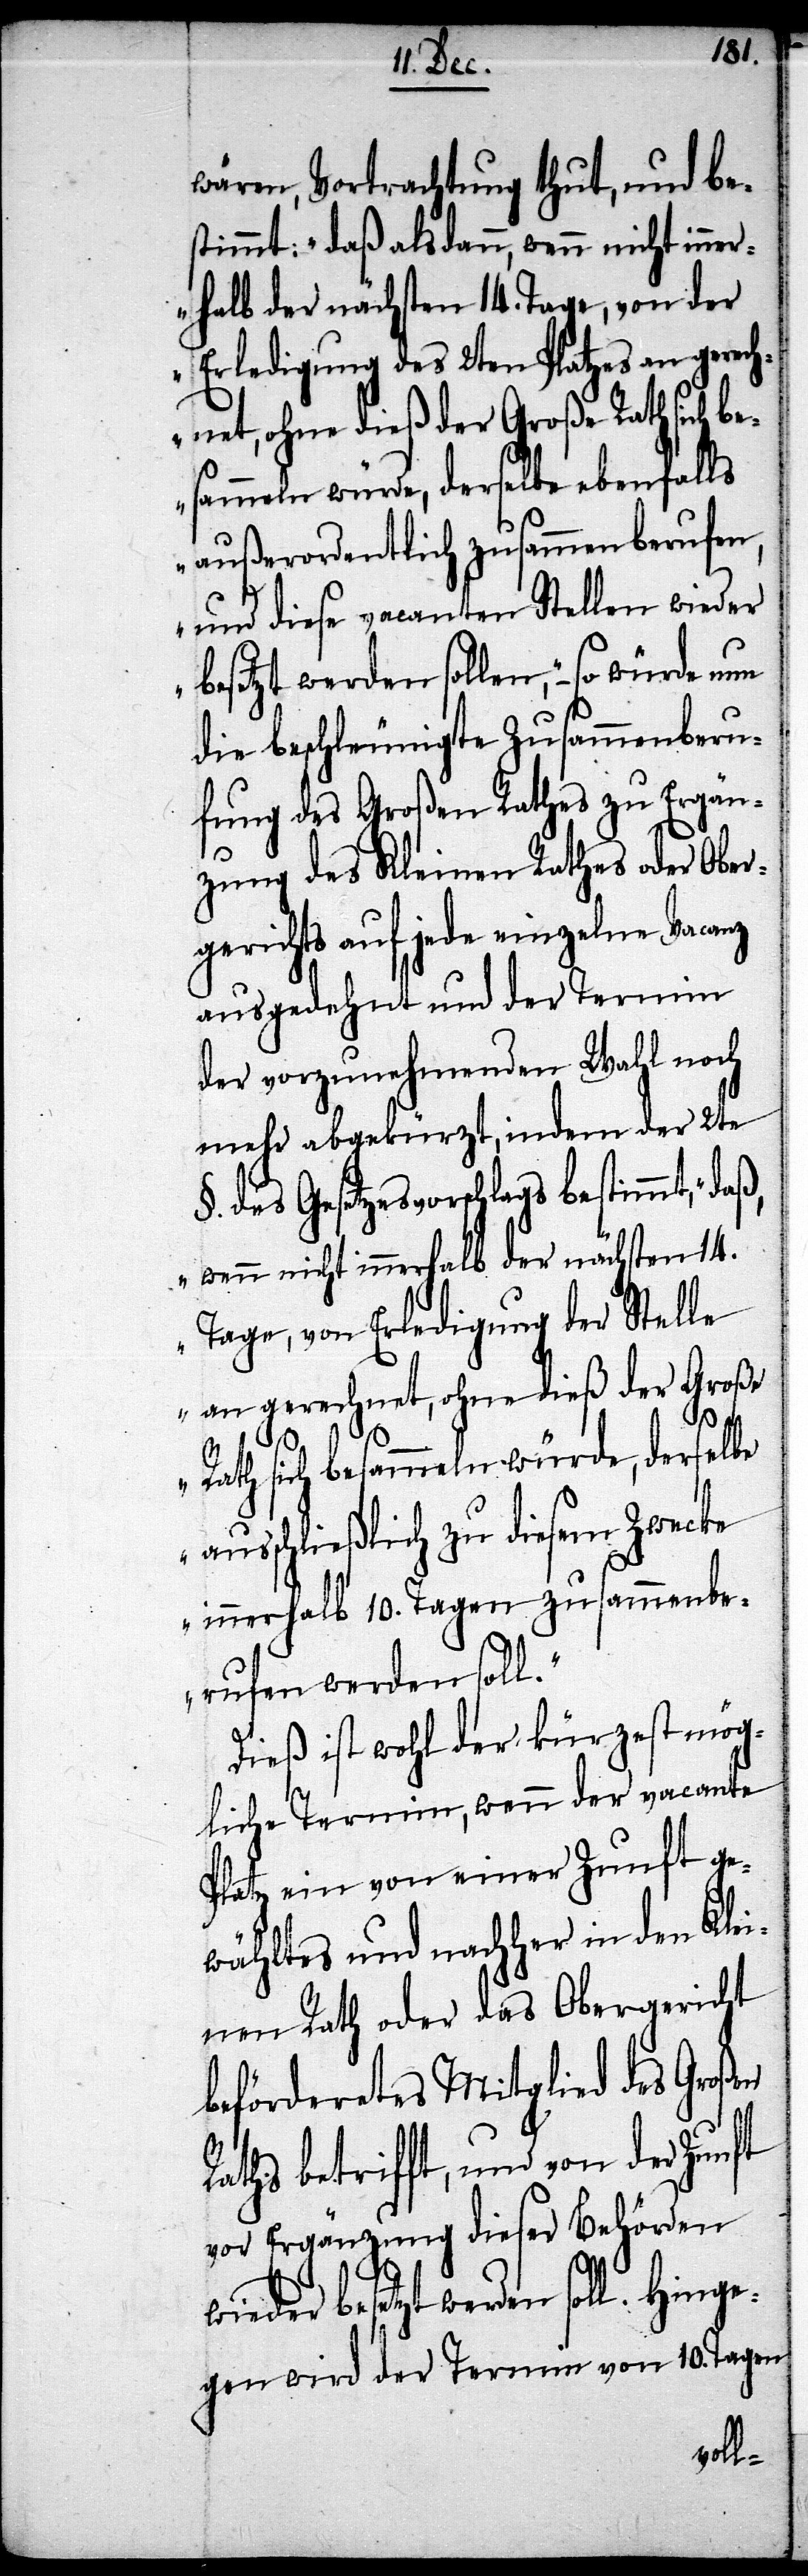
wären, Vortrachtung thut, und be¬
stimmt: „daß alsdann, wenn nicht inn¬
erhalb der nächsten 14. Tage, von der
Erledigung des 2ten Platzes an gerech¬
net, ohne dieß der Große Rath sich b¬
esammeln würde, derselbe ebenfalls
außerordentlich zusammen berufen,
und diese vacanten Stellen wieder
besetzt werden sollten,“ – so
die beschleunigte Zusammenberu¬
fung des Großen Rathes zu Ergän¬
zung des Kleinen Rathes oder Ober¬
gerichts auf jede einzelne Vacanz
ausgedehnt und der Termin
der vorzunehmenden Wahl noch
mehr abgekürzt, indem der 2te
§. des Gesetzesvorschlags bestimmt, „da¬
ß, wenn nicht innerhalb der nächsten 14.
Tage, von Erledigung der Stelle
an gerechnet, ohne dieß der Große
Rath sich besammeln würde, derselbe
ausschließlich zu diesem Zwecke
innerhalb von 10. Tagen zusammenbe¬
rufen werden soll.“
Dieß ist wohl der kürzest mög¬
liche Termin, wenn der vacante
Platz ein von einer Zunft ge¬
wähltes und nachher in den Klei¬
nen Rath oder das Obergericht
befördertes Mitglied des Großen
Raths betrifft, und von der Zunft
vor Ergänzung dieser Behörden
wieder besetzt werden soll. Hinge¬
gen wird der Termin von 10. Tagen